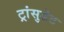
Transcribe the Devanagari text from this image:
ट्रांसुडेट